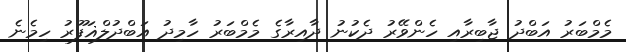
މެމްބަރު އަބްދު ޖާބިރާއި ހެންވޭރު ދެކުނު ދާއިރާގެ މެމްބަރު ހާމިދު އަބްދުލްޣަފޫރު ހިމެނެ